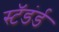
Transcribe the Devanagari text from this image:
स्टॅडंर्ड